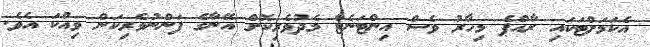
އެކަމަށްޓަކައި ރާއްޕެ މިހާރު ވެސް އިންޓަނެޓް މެދުވެރިކޮށް އޭނާގެ ފަންނުވެރިކަން ވިއްކަ އެވެ.